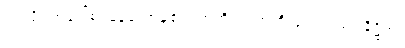
ဤသို့။ အဝေါစ၊ မိန့်တော်မူ၏။ တတိယံ၊ တတိသုတ်သည်။ နိဋ္ဌိတံ၊